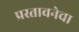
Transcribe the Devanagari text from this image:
प्रस्तावनेचा